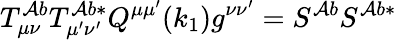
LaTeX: T_{\mu\nu}^{\mathcal{A}b}T_{\mu^{\prime}\nu^{\prime}}^{\mathcal{A}b*}Q^{\mu\mu^{\prime}}(k_{1})g^{\nu\nu^{\prime}}=S^{\mathcal{A}b}S^{\mathcal{A}b*}